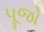
પૂજો